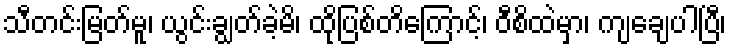
သီတင်းမြတ်မူ၊ ယွင်းချွတ်ခဲ့မိ၊ ထိုပြစ်တိကြောင့်၊ ဝီစိထဲမှာ၊ ကျချေပါပြီ၊